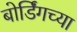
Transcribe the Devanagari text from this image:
बोर्डिंगच्या